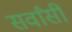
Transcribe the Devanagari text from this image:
सर्वांसी